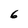
Character: 6